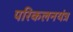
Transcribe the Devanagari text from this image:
परिकलनयंत्र